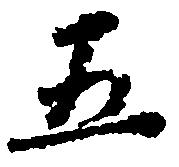
五